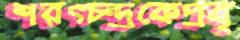
শরত্চন্দ্রকেপ্রবৃ